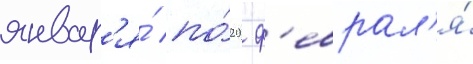
январ'я́ по́ 20 ф'еврал'я́